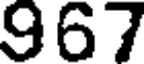
967